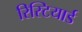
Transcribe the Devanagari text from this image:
रिस्टियार्ड